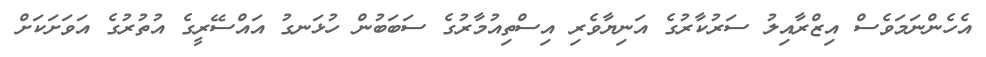
އެހެންނަމަވެސް އިޒްރާއިލު ސަރުކާރުގެ އަނިޔާވެރި އިސްތިއުމާރުގެ ސަބަބުން ހުޅަނގު އައްސޭރީގެ އުތުރުގެ އަވަށަކަށް